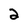
Character: 2